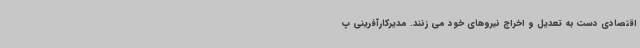
اقتصادی دست به تعدیل و اخراج نیروهای خود می زنند. مدیرکارآفرینی پ